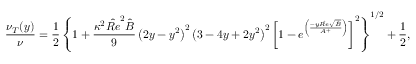
\frac { \nu _ { T } ( y ) } { \nu } = \frac { 1 } { 2 } \left\{ 1 + \frac { \kappa ^ { 2 } { \hat { R e } } ^ { 2 } \hat { B } } { 9 } \left( 2 y - y ^ { 2 } \right) ^ { 2 } \left( 3 - 4 y + 2 y ^ { 2 } \right) ^ { 2 } \left[ 1 - e ^ { \left( \frac { - y \hat { R e } \sqrt { \hat { B } } } { A ^ { + } } \right) } \right] ^ { 2 } \right\} ^ { 1 / 2 } + \frac { 1 } { 2 } \mathrm { , }